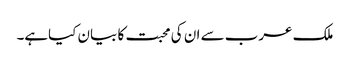
ملک عرب سے ان کی محبت کا بیان کیاہے۔